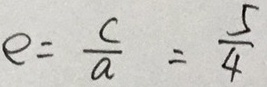
e = \frac { c } { a } = \frac { 5 } { 4 }